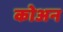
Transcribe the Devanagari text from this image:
कोअन